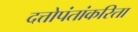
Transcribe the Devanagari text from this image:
दत्तोपंतांकरिता